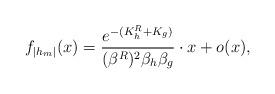
LaTeX: \begin{align*} f_{|h_m|}(x) = \frac{e^{-(K^R_h+K_g)}}{(\beta^R)^2\beta_h\beta_g} \cdot x + o(x),\end{align*}